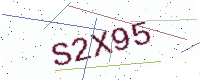
Text: S2X95